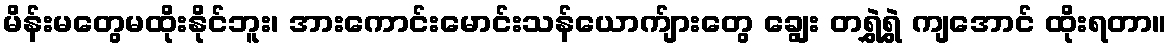
မိန်းမတွေမထိုးနိုင်ဘူး၊ အားကောင်းမောင်းသန်ယောက်ျားတွေ ချွေး တရွှဲရွှဲ ကျအောင် ထိုးရတာ။